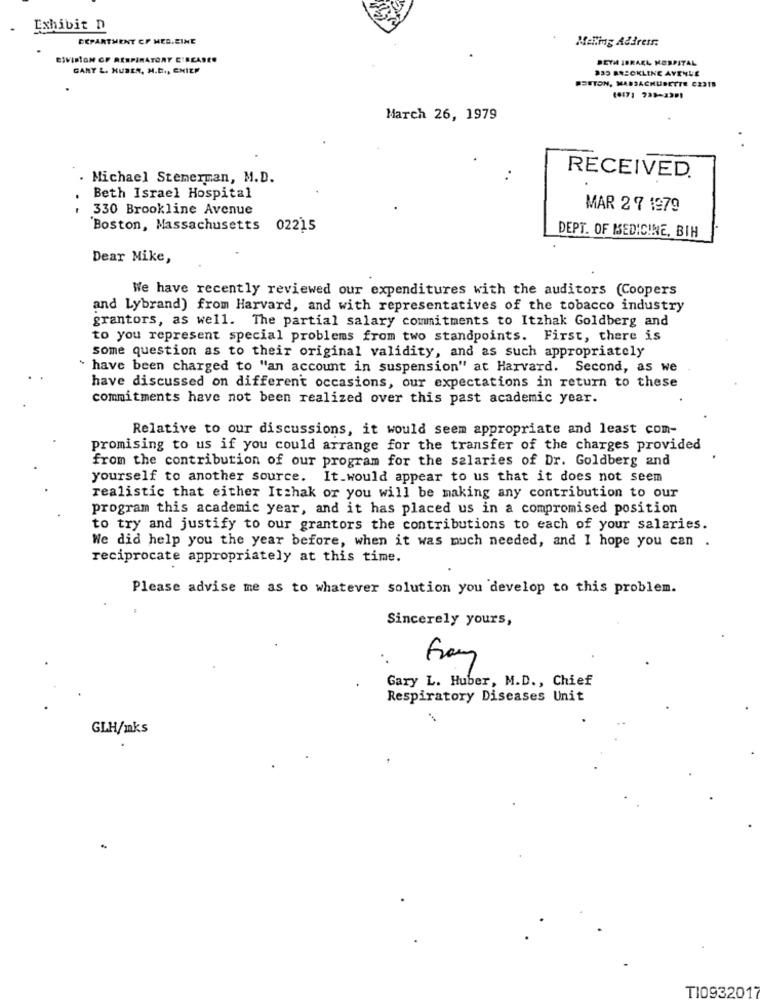
Exhibit D
DEPARTMENT CF MED.EINE
Melimig Address:
ESVISION OF RESPIRATORY CIRCASER
BETH ISRAEL HOSPITAL
GARY L. HUBER, M.D ., CHIEF
935 BROOKLINE AYENLE
RESTON, MASSACHUDETTE C23TB
March 26, 1979
Michael Stemerman, M.D.
.
RECEIVED.
Beth Israel Hospital
. -
330 Brookline Avenue
MAR 2 7 1979
Boston, Massachusetts
02215
DEPT. OF MEDICINE, BIH
Dear Mike,
We have recently reviewed our expenditures with the auditors (Coopers
and Lybrand) from Harvard, and with representatives of the tobacco industry
grantors, as well. The partial salary commitments to Itzhak Goldberg and
to you represent special problems from two standpoints. First, there is
some question as to their original validity, and as such appropriately
" have been charged to "an account in suspension" at Harvard. Second, as we
have discussed on different occasions, our expectations in return to these
commitments have not been realized over this past academic year.
Relative to our discussions, it would seem appropriate and least com-
promising to us if you could arrange for the transfer of the charges provided
from the contribution of our program for the salaries of Dr. Goldberg and
yourself to another source. It.would appear to us that it does not seem
realistic that either Itzhak or you will be making any contribution to our
program this academic year, and it has placed us in a compromised position
to try and justify to our grantors the contributions to each of your salaries.
We did help you the year before, when it was much needed, and I hope you can .
reciprocate appropriately at this time.
Please advise me as to whatever solution you develop to this problem.
Sincerely yours,
Gary L. Huber, M.D ., Chief
Respiratory Diseases Unit
GLH/mks
TI0932017